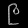
Digit: ၉